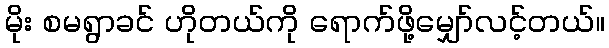
မိုး စမရွာခင် ဟိုတယ်ကို ရောက်ဖို့မျှော်လင့်တယ်။